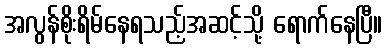
အလွန်စိုးရိမ်နေရသည့်အဆင့်သို့ ရောက်နေပြီ။